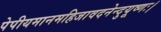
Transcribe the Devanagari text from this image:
पेपीयमानमहिजावदनेन्दुयूष्णः।